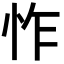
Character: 怍